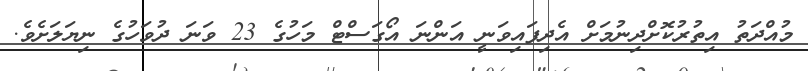
މުއްދަތު އިތުރުކޮށްދިނުމަށް އެދިފައިވަނީ އަންނަ އޯގަސްޓް މަހުގެ 23 ވަނަ ދުވަހުގެ ނިޔަލަށެވެ.